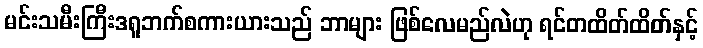
မင်းသမီးကြီးဒရူဘက်စကားယားသည် ဘာများ ဖြစ်လေမည်လဲဟု ရင်တထိတ်ထိတ်နှင့်